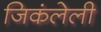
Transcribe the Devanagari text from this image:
जिकंलेली